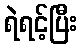
ရဲရင့်ပြီး